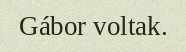
Gábor voltak.